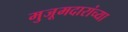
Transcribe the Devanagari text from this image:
मुजूमदारांच्या